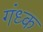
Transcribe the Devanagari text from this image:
गंध्क